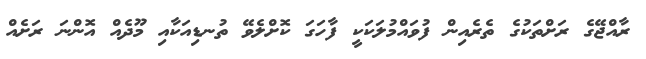
ރާއްޖޭގެ ރަށްތަކުގެ ތެރެއިން ފުވައްމުލަކަކީ ފާހަގަ ކޮށްލެވޭ ތުނޑިއަކާއި މޫދެއް އޮންނަ ރަށެއް